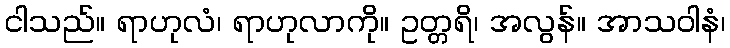
ငါသည်။ ရာဟုလံ၊ ရာဟုလာကို။ ဥတ္တရိ၊ အလွန်။ အာသဝါနံ၊